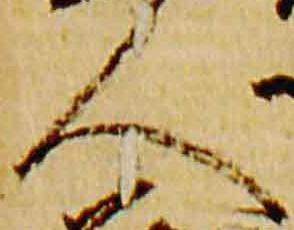
人